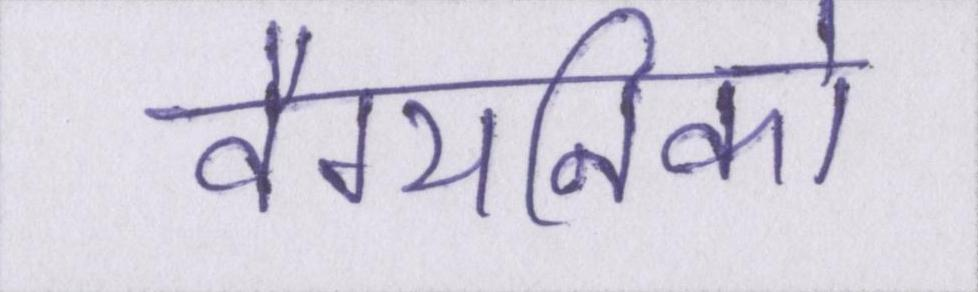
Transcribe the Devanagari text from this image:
वैग्यनिको